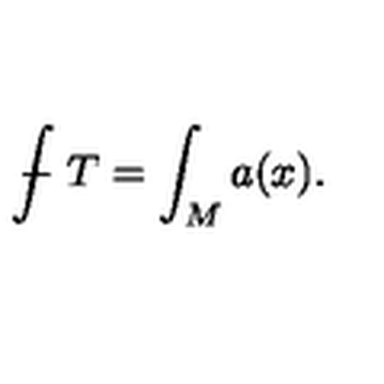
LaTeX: { \int \! \! \! \! \! \! - } \ T = \int _ { M } a ( x ) .